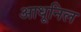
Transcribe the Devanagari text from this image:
आधूनिल